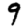
Digit: 9